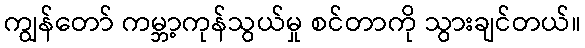
ကျွန်တော် ကမ္ဘာ့ကုန်သွယ်မှု စင်တာကို သွားချင်တယ်။